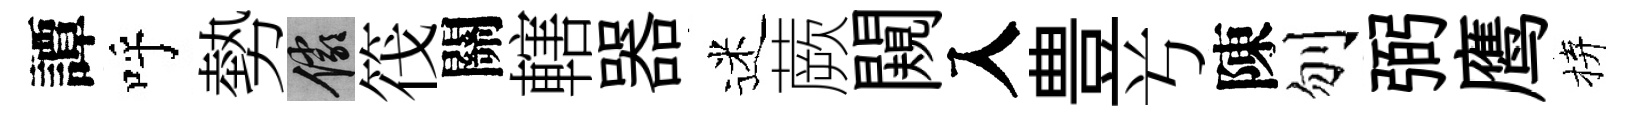
譚呼勢儼筏關轄器迷蕨闚入豊𠔃陳刎弼鹰拚